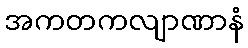
အကတကလျာဏာနံ